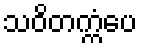
သဝိတက္ကံပေ